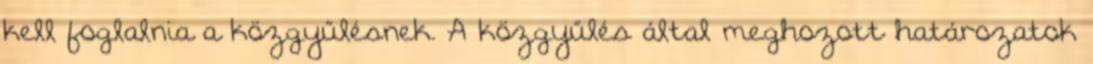
kell foglalnia a közgyűlésnek. A közgyűlés által meghozott határozatok